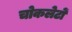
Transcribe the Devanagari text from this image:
चोकलेटों